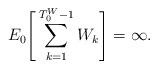
LaTeX: \begin{align*} E_0\Bigg[\sum_{k=1}^{T_0^{W}-1}W_k\Bigg]=\infty. \end{align*}